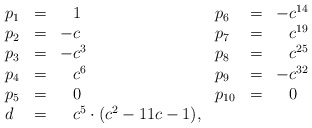
\begin{align*}\begin{array}{lcllcl}p_{1} &=& \phantom{-}1 & p_{6} &=& -c^{14}\\p_{2} &=& -c & p_{7} &=& \phantom{-}c^{19}\\p_{3} &=& -c^{3} & p_{8} &=& \phantom{-}c^{25}\\p_{4} &=& \phantom{-}c^{6} & p_{9} &=& -c^{32}\\p_{5} &=& \phantom{-}0 & p_{10} &=& \phantom{-}0\\d &=& \phantom{-}c^{5} \cdot (c^{2} - 11 c - 1),\end{array}\end{align*}